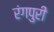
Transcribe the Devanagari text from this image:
रंगपुरी